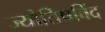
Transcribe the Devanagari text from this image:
ज्योतिषविंद